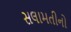
સલામતીનો